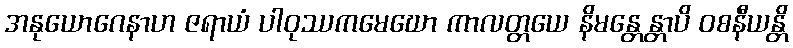
အနုယောဂေနာဟ ဇရာယံ ပါဝုဿကမေဃော ကာလတ္တယေ နိမန္တေန္တာပိ ဝစနီယန္တိ